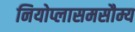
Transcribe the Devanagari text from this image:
नियोप्लासमसौम्य